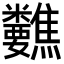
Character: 𥾀